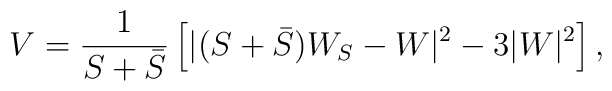
V = \frac{1}{S + \bar S}\left[|(S+\bar S)W_S-W|^2-3|W|^2\right],